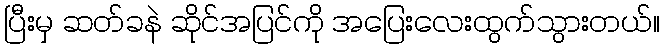
ပြီးမှ ဆတ်ခနဲ ဆိုင်အပြင်ကို အပြေးလေးထွက်သွားတယ်။